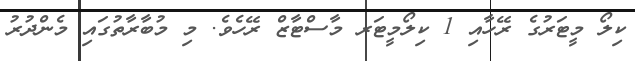
ކިލޯ މީޓަރުގެ ރޭހާއި 1 ކިލޯމީޓަރ މާސްޓާޒް ރޭހެވެ. މި މުބާރާތުގަައި މެންދުރު